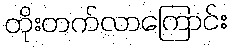
တိုးတက်လာကြောင်း